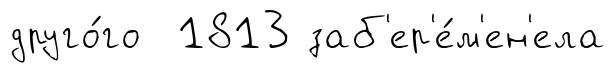
друго́го 1813 заб'ер'е́м'ен'ела